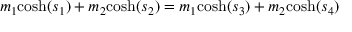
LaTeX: m _ { 1 } { \mathrm { c o s h } } ( s _ { 1 } ) + m _ { 2 } { \mathrm { c o s h } } ( s _ { 2 } ) = m _ { 1 } { \mathrm { c o s h } } ( s _ { 3 } ) + m _ { 2 } { \mathrm { c o s h } } ( s _ { 4 } )